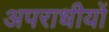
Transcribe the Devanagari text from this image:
अपराधीयों